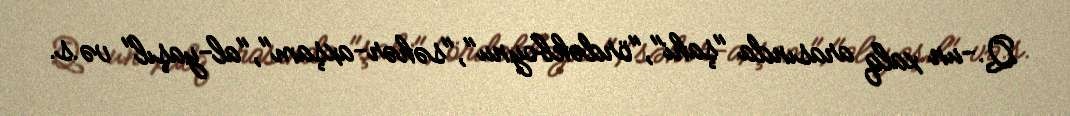
Q.-un xalq arasında "şahi","ördəkboynu","səhər-axşam","al-yaşıl" və.s.